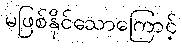
မဖြစ်နိုင်သောကြောင့်